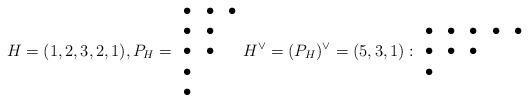
LaTeX: \begin{align*}H=(1,2,3,2,1),P_H=\begin{array}{ccc}\bullet&\bullet&\bullet\\\bullet&\bullet&\\\bullet&\bullet&\\\bullet&&\\\bullet&&\end{array} H^\vee=(P_H)^\vee=(5,3,1): \begin{array}{ccccc}\bullet&\bullet&\bullet&\bullet&\bullet\\\bullet&\bullet&\bullet&&\\\bullet&&&&\end{array}\end{align*}